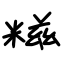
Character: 糍